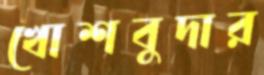
খোশবুদার